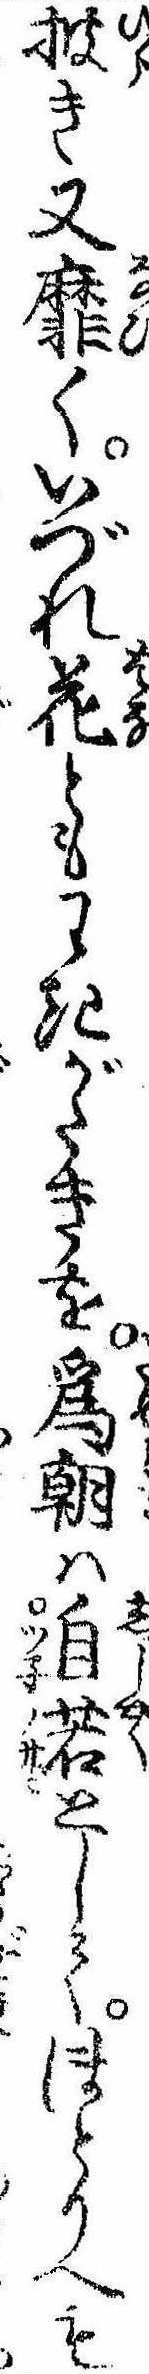
披き又靡くいづれ花ともわきがたきを為朝は自若としてほとりへも